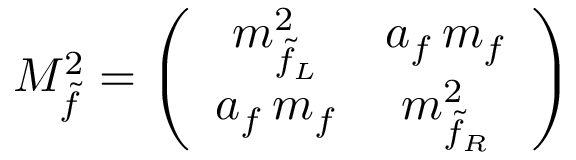
{ \cal M } _ { \tilde { f } } ^ { 2 } = \left( \begin{array} { c c } { { m _ { \tilde { f } _ { L } } ^ { 2 } } } & { { a _ { f } \, m _ { f } } } \\ { { a _ { f } \, m _ { f } } } & { { m _ { \tilde { f } _ { R } } ^ { 2 } } } \end{array} \right)